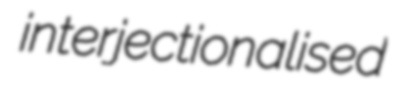
interjectionalised